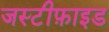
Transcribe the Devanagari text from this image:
जस्टीफ़ाइड